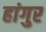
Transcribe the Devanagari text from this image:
हांगुर